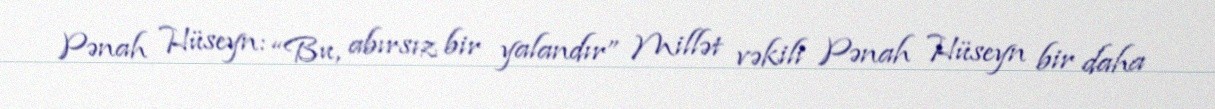
Pənah Hüseyn: “Bu, abırsız bir yalandır” Millət vəkili Pənah Hüseyn bir daha